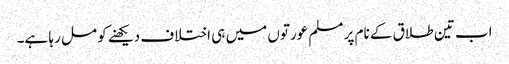
اب تین طلاق کے نام پر مسلم عورتوں میں ہی اختلاف دیکھنے کو مل رہا ہے۔